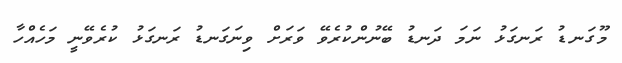
މޫގަނޑު ރަނގަޅު ނަމަ ދަނޑު ބޭނުންކުރެވޭ ވަރަށް ވިނަގަނޑު ރަނގަޅު ކުރެވޭނީ މަހެއްހާ